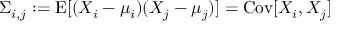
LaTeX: \Sigma _ { i , j } : = \operatorname { E } [ ( X _ { i } - \mu _ { i } ) ( X _ { j } - \mu _ { j } ) ] = \operatorname { C o v } [ X _ { i } , X _ { j } ]